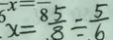
x = \frac { 5 } { 8 } \div \frac { 5 } { 6 }